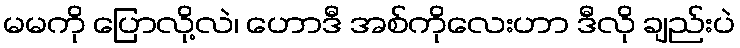
မမကို ပြောလို့လဲ၊ ဟောဒီ အစ်ကိုလေးဟာ ဒီလို ချည်းပဲ